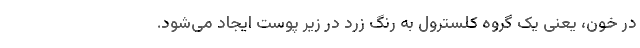
در خون، یعنی یک گروه کلسترول به رنگ زرد در زیر پوست ایجاد می‌شود.